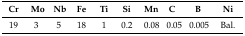
<table><thead><tr><td><b>Cr</b></td><td><b>Mo</b></td><td><b>Nb</b></td><td><b>Fe</b></td><td><b>Ti</b></td><td><b>Si</b></td><td><b>Mn</b></td><td><b>C</b></td><td><b>B</b></td><td><b>Ni</b></td></tr></thead><tbody><tr><td>19</td><td>3</td><td>5</td><td>18</td><td>1</td><td>0.2</td><td>0.08</td><td>0.05</td><td>0.005</td><td>Bal.</td></tr></tbody></table>